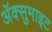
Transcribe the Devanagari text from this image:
अॅक्सुमाइट